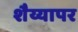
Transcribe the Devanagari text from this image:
शैय्यापर